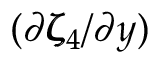
( \partial \pmb { \zeta } _ { 4 } / \partial y )